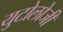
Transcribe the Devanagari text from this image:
युटोलोजी